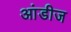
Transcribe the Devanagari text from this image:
आंडीज